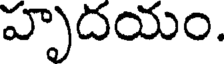
హృదయం.